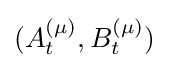
(A_{t}^{(\mu )},B_{t}^{(\mu )})